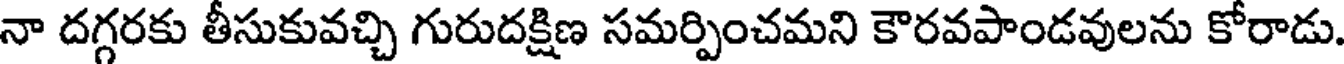
నా దగ్గరకు తీసుకువచ్చి గురుదక్షిణ సమర్పించమని కౌరవపాండవులను కోరాడు.